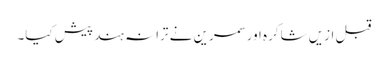
قبل ازیں شاکرہ اور سمرین نے ترانہ ہند پیش کیا۔